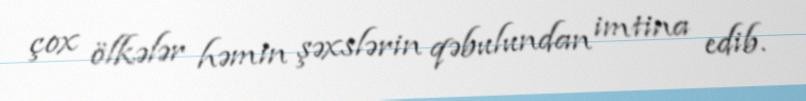
çox ölkələr həmin şəxslərin qəbulundan imtina edib.